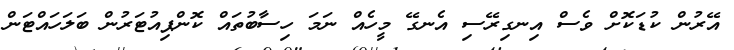
އޭރުން ކުޑަކޮށް ވެސް އިނގިރޭސި އެނގޭ މީހެއް ނަމަ ހިސާބުތައް ކޮންޕިއުޓަރުން ބަލަހައްޓަން